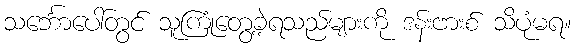
သင်္ဘောပေါ်တွင် သူကြုံတွေ့ခဲ့ရသည်များကို ဒန်းဗားစ် သိပုံမရ။